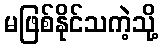
မဖြစ်နိုင်သကဲ့သို့